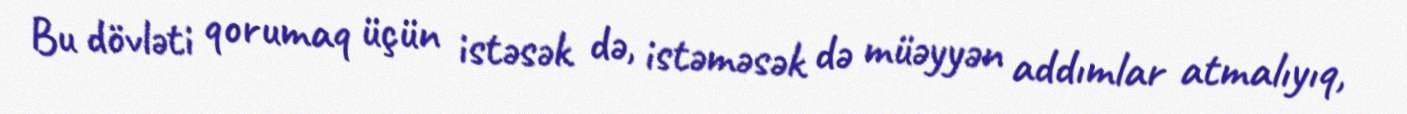
Bu dövləti qorumaq üçün istəsək də, istəməsək də müəyyən addımlar atmalıyıq,